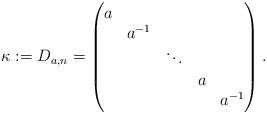
LaTeX: \begin{align*}\kappa := D_{a,n} = \begin{pmatrix}a \\& a^{-1}\\&&\ddots \\&&& a \\&&&& a^{-1}\end{pmatrix}.\end{align*}